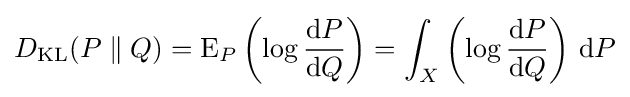
D_{\mathrm {KL} }(P\parallel Q)=\operatorname {E} _{P}\left(\log {\frac {\mathrm {d} P}{\mathrm {d} Q}}\right)=\int _{X}\left(\log {\frac {\mathrm {d} P}{\mathrm {d} Q}}\right)\,\mathrm {d} P